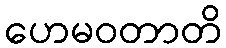
ဟေမဝတာတိ